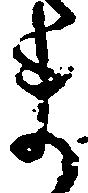
ま